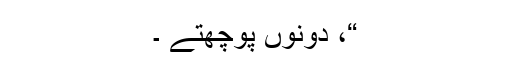
“، دونوں پوچھتے ۔